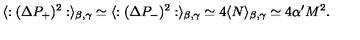
\langle : ( \Delta P _ { + } ) ^ { 2 } : \rangle _ { \beta , \gamma } \simeq \langle : ( \Delta P _ { - } ) ^ { 2 } : \rangle _ { \beta , \gamma } \simeq 4 \langle N \rangle _ { \beta , \gamma } \simeq 4 \alpha ^ { \prime } M ^ { 2 } .